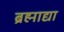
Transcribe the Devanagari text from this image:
ब्रह्माद्या